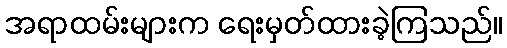
အရာထမ်းများက ရေးမှတ်ထားခဲ့ကြသည်။